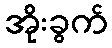
အိုးခွက်